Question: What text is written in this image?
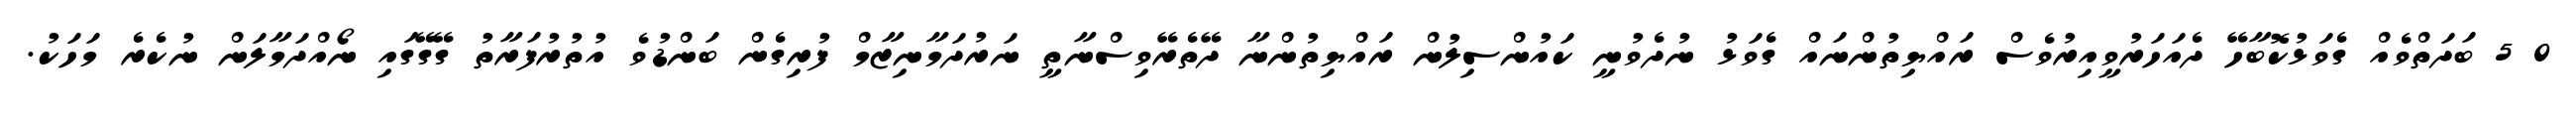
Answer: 0 5 ބަދަތްވެއް ގެވަޅުކޮބާހޭ ދެއަހަރުވީއިރުވެސް ރައްޔިތުންނައް ގެވަޅު ނުދެވުނީ ކައުންސިލުން ރައްޔިތުންނާ ދޭތެރޭވިސްނާތީ ނަރުދަމާނިޒާމް ފުރިގެން ބަންޑުވެ އުތުރުފަރާތު ގޭގޭގައި ނޯއްދަމާލަން ނުކެރެ މަހަކު.